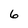
Character: 6